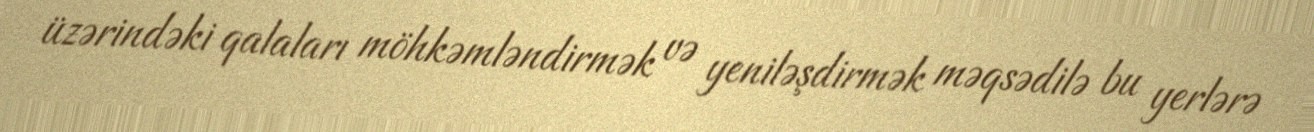
üzərindəki qalaları möhkəmləndirmək və yeniləşdirmək məqsədilə bu yerlərə